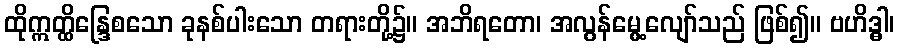
ထိုဣတ္ထိန္ဒြေစသော ခုနစ်ပါးသော တရားတို့၌။ အဘိရတော၊ အလွန်မွေ့လျော်သည် ဖြစ်၍။ ဗဟိဒ္ဓါ၊